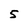
Character: 5